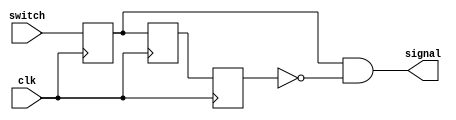
`timescale 1ns / 1ps

module exciting(
    input clk,
    input switch,
    output signal
    );

    reg lag1, lag2, lag3;

    always @ (posedge clk) begin
        lag1 <= switch;
        lag2 <= lag1;
        lag3 <= lag2;
    end

    //
    assign signal = lag1 & ~lag3;

endmodule